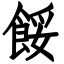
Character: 餒